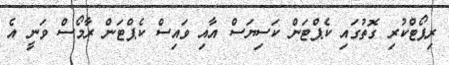
ރިޕޯޓްކުރި ގޮތުގައި ކެޕްޓަން ކަސިޔަސް އާއި ވައިސް ކެޕްޓަން ރާމޯސް ވަނީ އެ